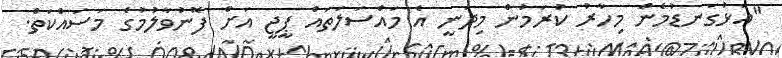
"އަޅުގަނޑުމެން މިހާރު ކުރަމުން މިދަނީ އެ މައްސަލަތައް ޕީޖީ އަށް ފޮނުވާލުމުގެ މަސައްކަތް.